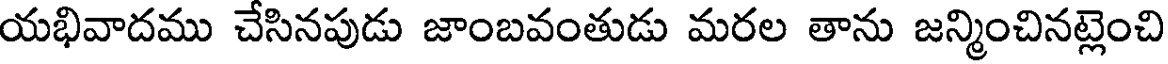
యభివాదము చేసినపుడు జాంబవంతుడు మరల తాను జన్మించినట్లెంచి